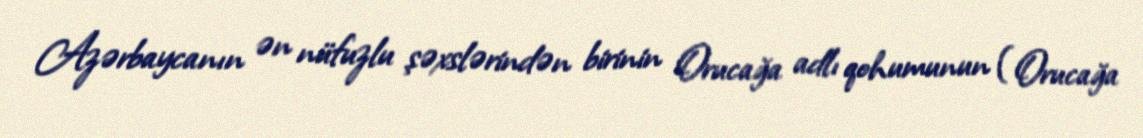
Azərbaycanın ən nüfuzlu şəxslərindən birinin Orucağa adlı qohumunun (Orucağa